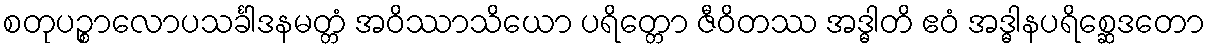
စတုပဉ္စာလောပသင်္ခါဒနမတ္တံ အဝိဿာသိယော ပရိတ္တော ဇီဝိတဿ အဒ္ဓါတိ ဧဝံ အဒ္ဓါနပရိစ္ဆေဒတော